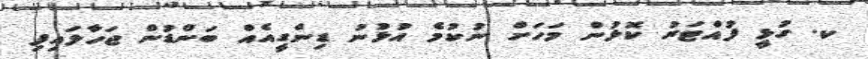
ކ. ގުޅީ ފުއްޓަރު ކޮޅުން މަހަށް ނުކުމެ އުޅުނު ޑިންގީއެއް ބަންޑުން ޖަހާލައިފި